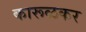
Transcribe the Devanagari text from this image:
कारूळकर